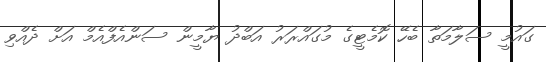
ގައުމީ ސަލާމަތާ ބެހޭ ކޮމެޓީގެ މުގައްރަރު އަބްދު ޔާމީން ސަންއެފްއެމް އަށް ދެއްވި